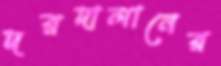
দরদালানের